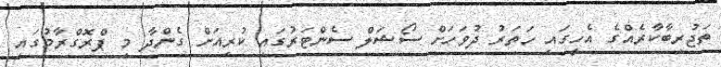
ތަޖުރިބާކާރެއްގެ އެހީގައި ހަތަރު ދުވަހަށް ސޯޝަލް ސެންޓަރުގައި ކުރިއަށް ގެންދާ މި ޕްރޮގްރާމުގައި